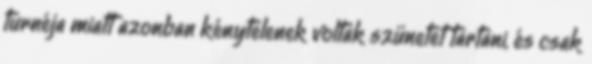
turnéja miatt azonban kénytelenek voltak szünetet tartani, és csak